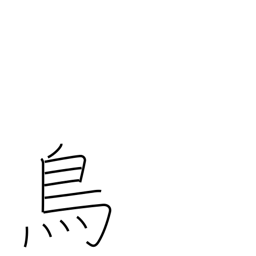
Meaning: chicken